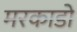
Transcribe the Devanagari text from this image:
मरकाडो